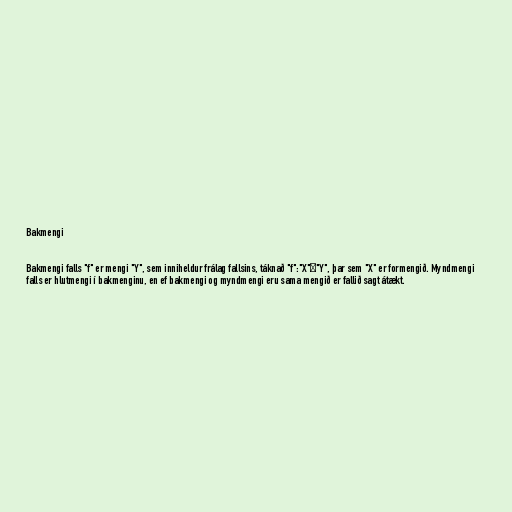
Bakmengi

Bakmengi falls "f" er mengi "Y", sem inniheldur frálag fallsins, táknað "f":"X"→"Y", þar sem "X" er formengið. Myndmengi
falls er hlutmengi í bakmenginu, en ef bakmengi og myndmengi eru sama mengið er fallið sagt átækt.